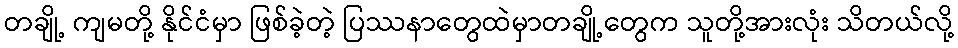
တချို့ ကျမတို့ နိုင်ငံမှာ ဖြစ်ခဲ့တဲ့ ပြဿနာတွေထဲမှာတချို့တွေက သူတို့အားလုံး သိတယ်လို့